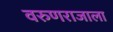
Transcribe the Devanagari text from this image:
वरुणराजाला